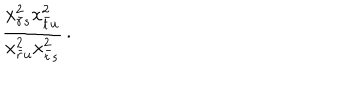
\displaystyle { \frac { x _ { \bar { r } s } ^ { 2 } x _ { \bar { t } u } ^ { 2 } } { x _ { \bar { r } u } ^ { 2 } x _ { \bar { t } s } ^ { 2 } } } \, .